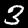
Digit: 3